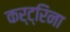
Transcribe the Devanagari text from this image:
कर्ट्रिना